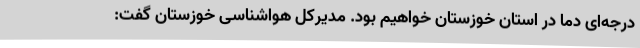
درجه‌ای دما در استان خوزستان خواهیم بود. مدیرکل هواشناسی خوزستان گفت: